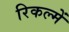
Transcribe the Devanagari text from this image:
रिकल्‍में